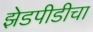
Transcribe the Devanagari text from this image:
झेडपीडीचा